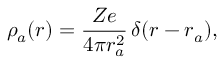
\rho _ { a } ( r ) = \frac { Z e } { 4 \pi r _ { a } ^ { 2 } } \, \delta ( r - r _ { a } ) ,